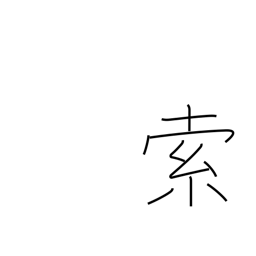
Meaning: searching